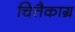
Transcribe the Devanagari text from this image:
चित्तैकाग्र